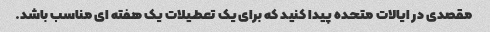
مقصدی در ایالات متحده پیدا کنید که برای یک تعطیلات یک هفته ای مناسب باشد.